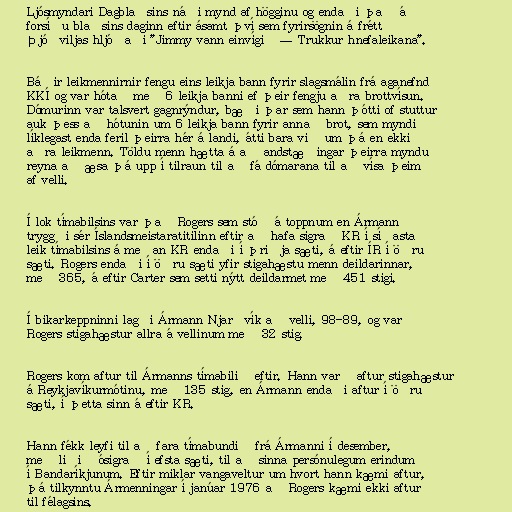
Ljósmyndari Dagblaðsins náði mynd af högginu og endaði það á
forsíðu blaðsins daginn eftir ásamt því sem fyrirsögnin á frétt
Þjóðviljas hljóðaði "Jimmy vann einvígið — Trukkur hnefaleikana".

Báðir leikmennirnir fengu eins leikja bann fyrir slagsmálin frá aganefnd
KKÍ og var hótað með 6 leikja banni ef þeir fengju aðra brottvísun.
Dómurinn var talsvert gagnrýndur, bæði þar sem hann þótti of stuttur
auk þess að hótunin um 6 leikja bann fyrir annað brot, sem myndi
líklegast enda feril þeirra hér á landi, átti bara við um þá en ekki
aðra leikmenn. Töldu menn hætta á að andstæðingar þeirra myndu
reyna að æsa þá upp í tilraun til að fá dómarana til að vísa þeim
af velli.

Í lok tímabilsins var það Rogers sem stóð á toppnum en Ármann
tryggði sér Íslandsmeistaratitilinn eftir að hafa sigrað KR í síðasta
leik tímabilsins á meðan KR endaði í þriðja sæti, á eftir ÍR í öðru
sæti. Rogers endaði í öðru sæti yfir stigahæstu menn deildarinnar,
með 365, á eftir Carter sem setti nýtt deildarmet með 451 stigi.

Í bikarkeppninni lagði Ármann Njarðvík að velli, 98-89, og varð
Rogers stigahæstur allra á vellinum með 32 stig.

Rogers kom aftur til Ármanns tímabilið eftir. Hann varð aftur stigahæstur
á Reykjavíkurmótinu, með 135 stig, en Ármann endaði aftur í öðru
sæti, í þetta sinn á eftir KR.

Hann fékk leyfi til að fara tímabundið frá Ármanni í desember,
með liðið ósigrað í efsta sæti, til að sinna persónulegum erindum
í Bandaríkjunum. Eftir miklar vangaveltur um hvort hann kæmi aftur,
þá tilkynntu Ármenningar í janúar 1976 að Rogers kæmi ekki aftur
til félagsins.